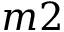
m 2